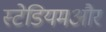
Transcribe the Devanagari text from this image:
स्टेडियमऔर